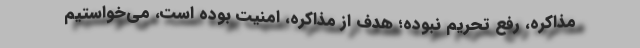
مذاکره، رفع تحریم نبوده؛ هدف از مذاکره، امنیت بوده است، می‌خواستیم